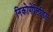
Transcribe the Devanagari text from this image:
निकोपोलिडिस